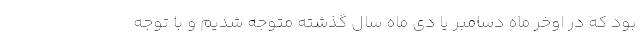
بود که در اوخر ماه دسامبر یا دی ماه سال گذشته متوجه شدیم و با توجه